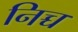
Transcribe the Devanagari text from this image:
निच्च